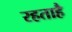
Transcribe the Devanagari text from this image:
रहताहै